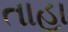
તાહા